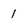
Character: 1